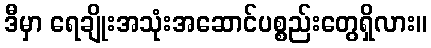
ဒီမှာ ရေချိုးအသုံးအဆောင်ပစ္စည်းတွေရှိလား။